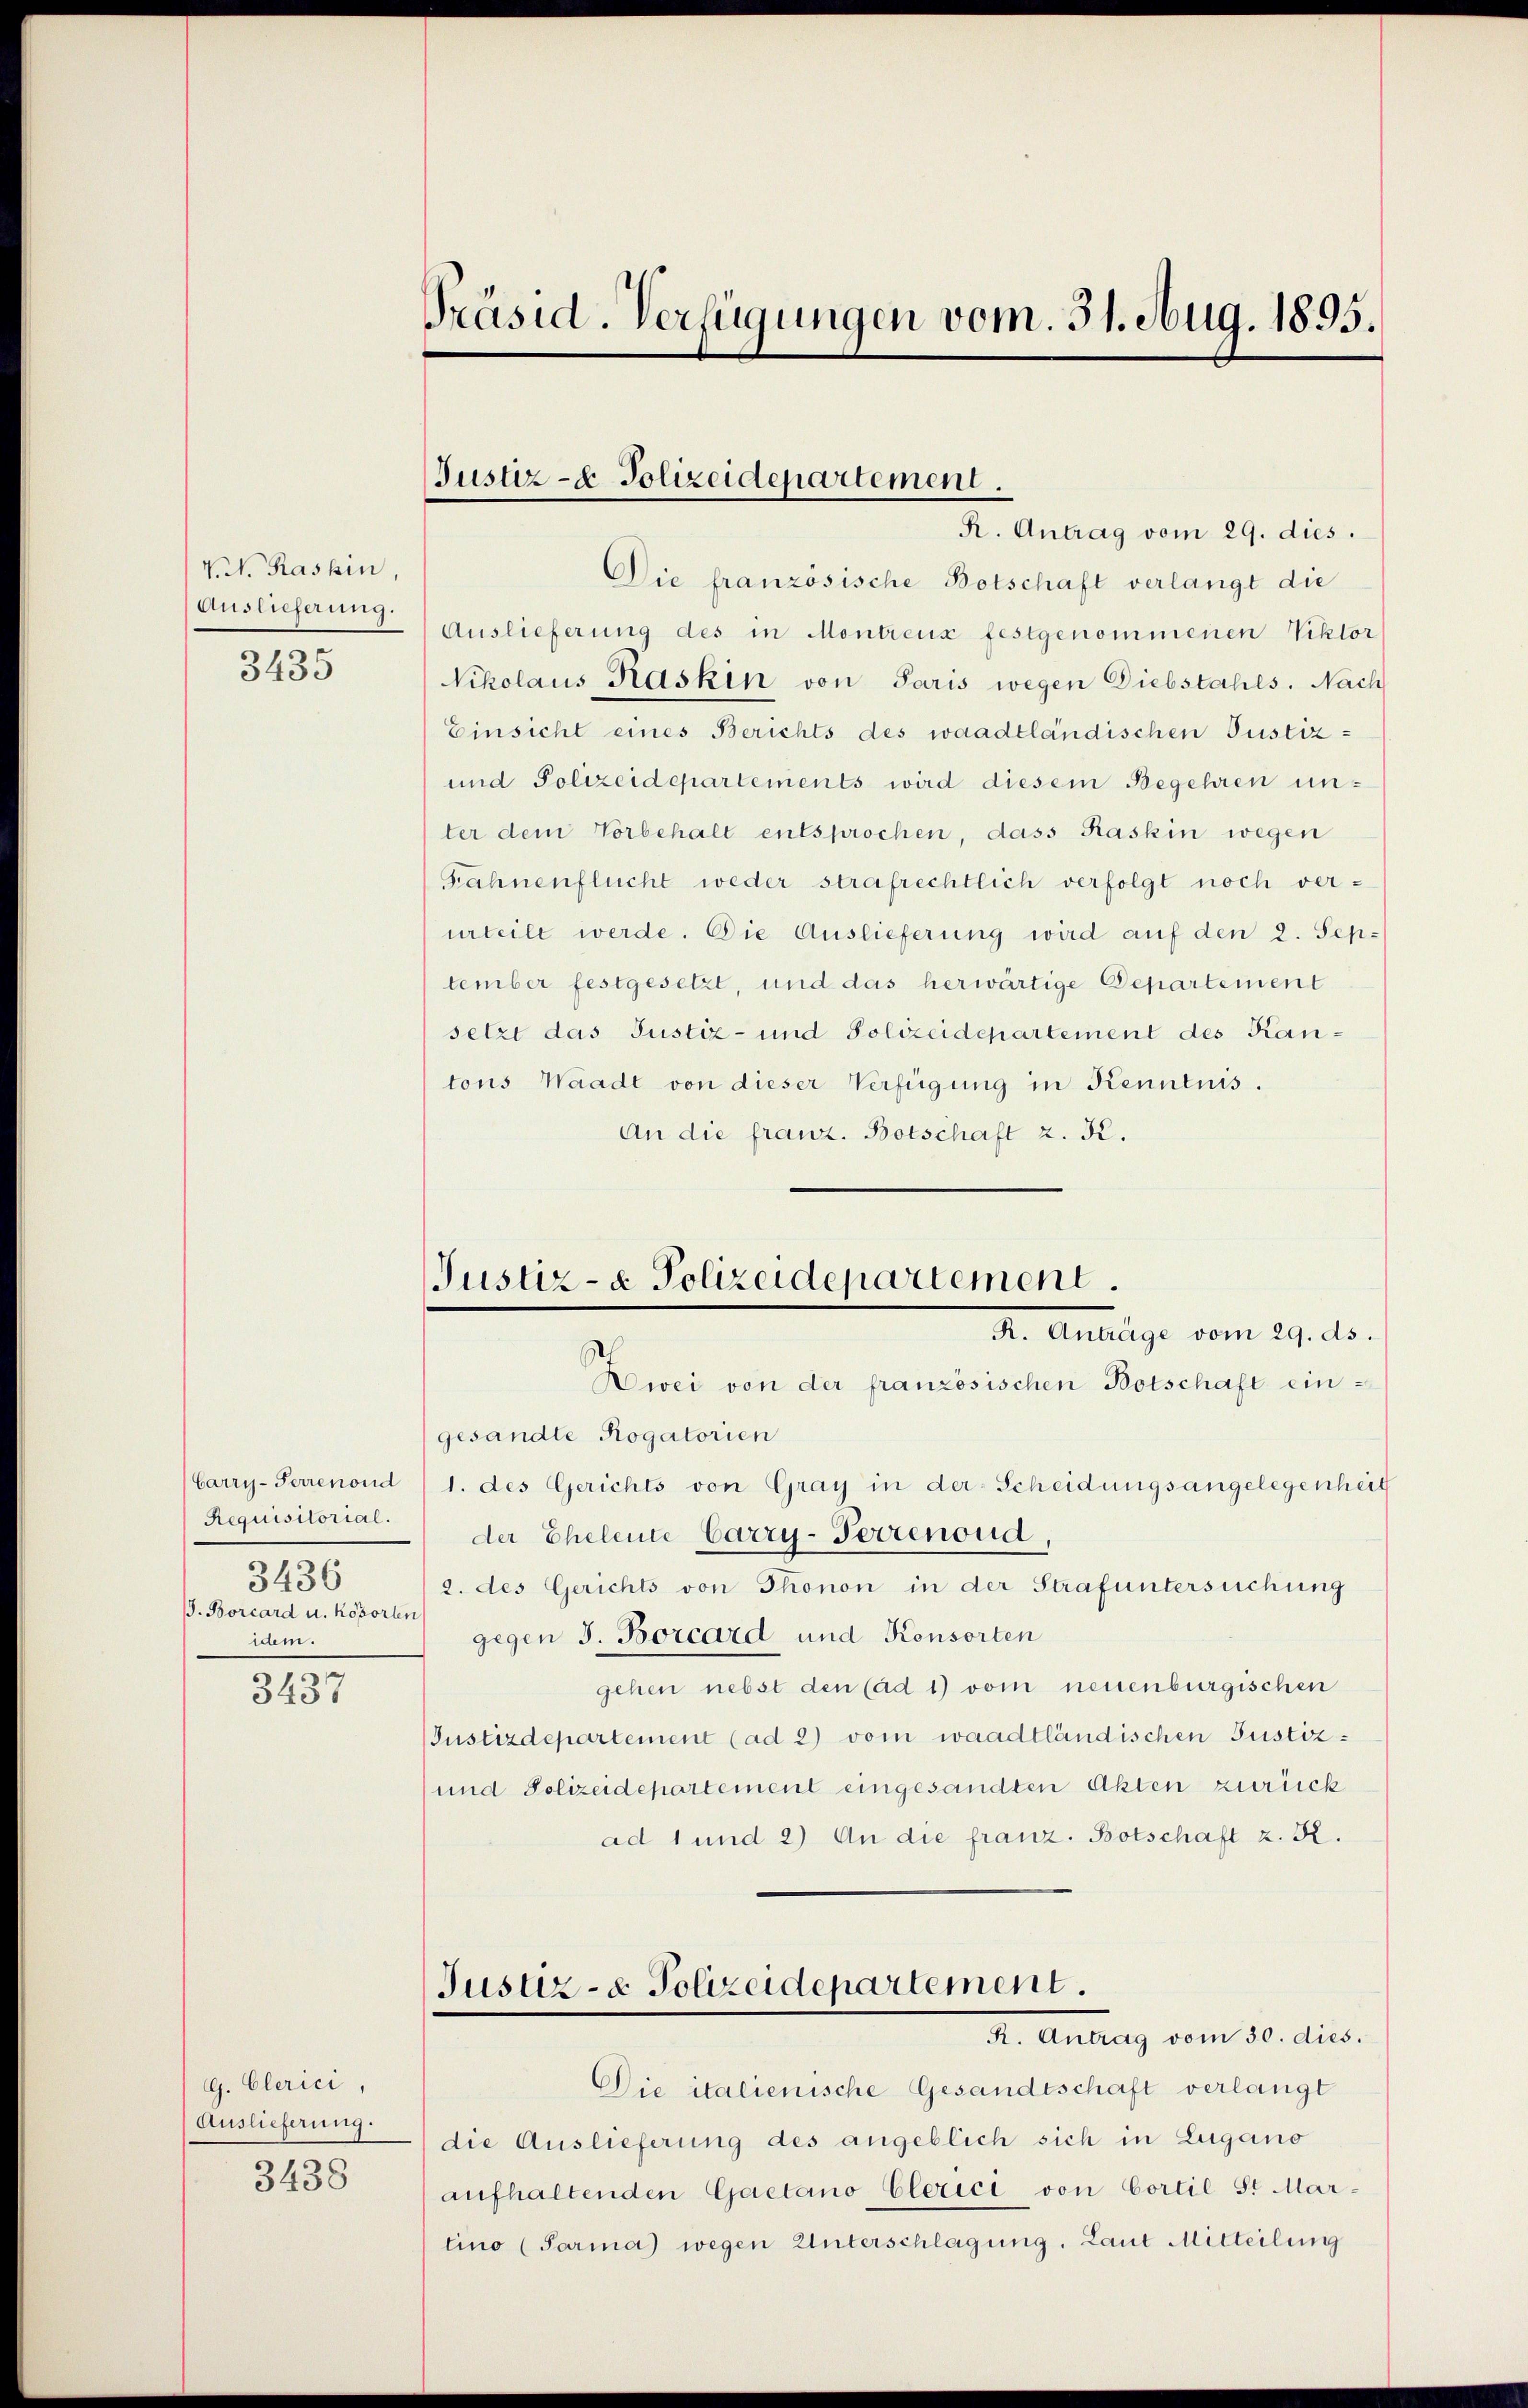
V. N. Kashin,
Auslieferung.
3435

Requisitorial.
3436
J. Borcard u. Koporten
m.

3437

G. Clerici,
Auslieferung.
3438

Präsid. Verfügungen vom 31. Aug. 1895.

Justiz- & Polizeidepartement.
R. Antrag vom 29. dies.

Die französische Botschaft verlangt die
Auslieferung des in Montreux festgenommenen Viktor
Nikolaus Kaskin von Paris wegen Diebstahls. Nach
Einsicht eines Berichts des waadtländischen Justiz-
und Polizeidepartements wird diesem Begehren unter dem Vorbehalt entsprochen, dass Kaskin wegen
Fahnenflucht weder strafrechtlich verfolgt noch verurteilt werde. Die Auslieferung wird auf den 2. September festgesetzt, und das herwärtige Departement
setzt das Justiz- und Polizeidepartement des Kantons Waadt von dieser Verfügung in Kenntnis.
An die franz. Botschaft 2. K.

Justiz- & Polizeidepartement.
I. Auslage vom 29. ds.

Zwei von der französischen Botschaft eingesandte Rogatorien
Carry-Perrenoud 1. des Gerichts von Gray in der Scheidungsangelegenheit
der Eheleute Carry-Terrenoud
2. des Gerichts von Thonon in der Strafuntersuchung
gegen J. Borcard und Konsorten
gehen nebst den (ad 1) vom neuenburgischen
Justizdepartement (ad 2) vom waadtländischen Justiz¬
und Polizeidepartement eingesandten Akten zurück
ad 1 und 2) An die franz. Botschaft z. B.
Justiz- & Polizeidepartement.
R. Antrag vom 30. dies.
Die italienische Gesandtschaft verlangt
die Auslieferung des angeblich sich in Lugano
aufhaltenden Gaetano-Clerici von Cortie St Martino (Parma) wegen Unterschlagung, Laut Mitteilung